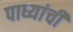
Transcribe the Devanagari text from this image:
पाध्यांची